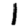
Digit: 1